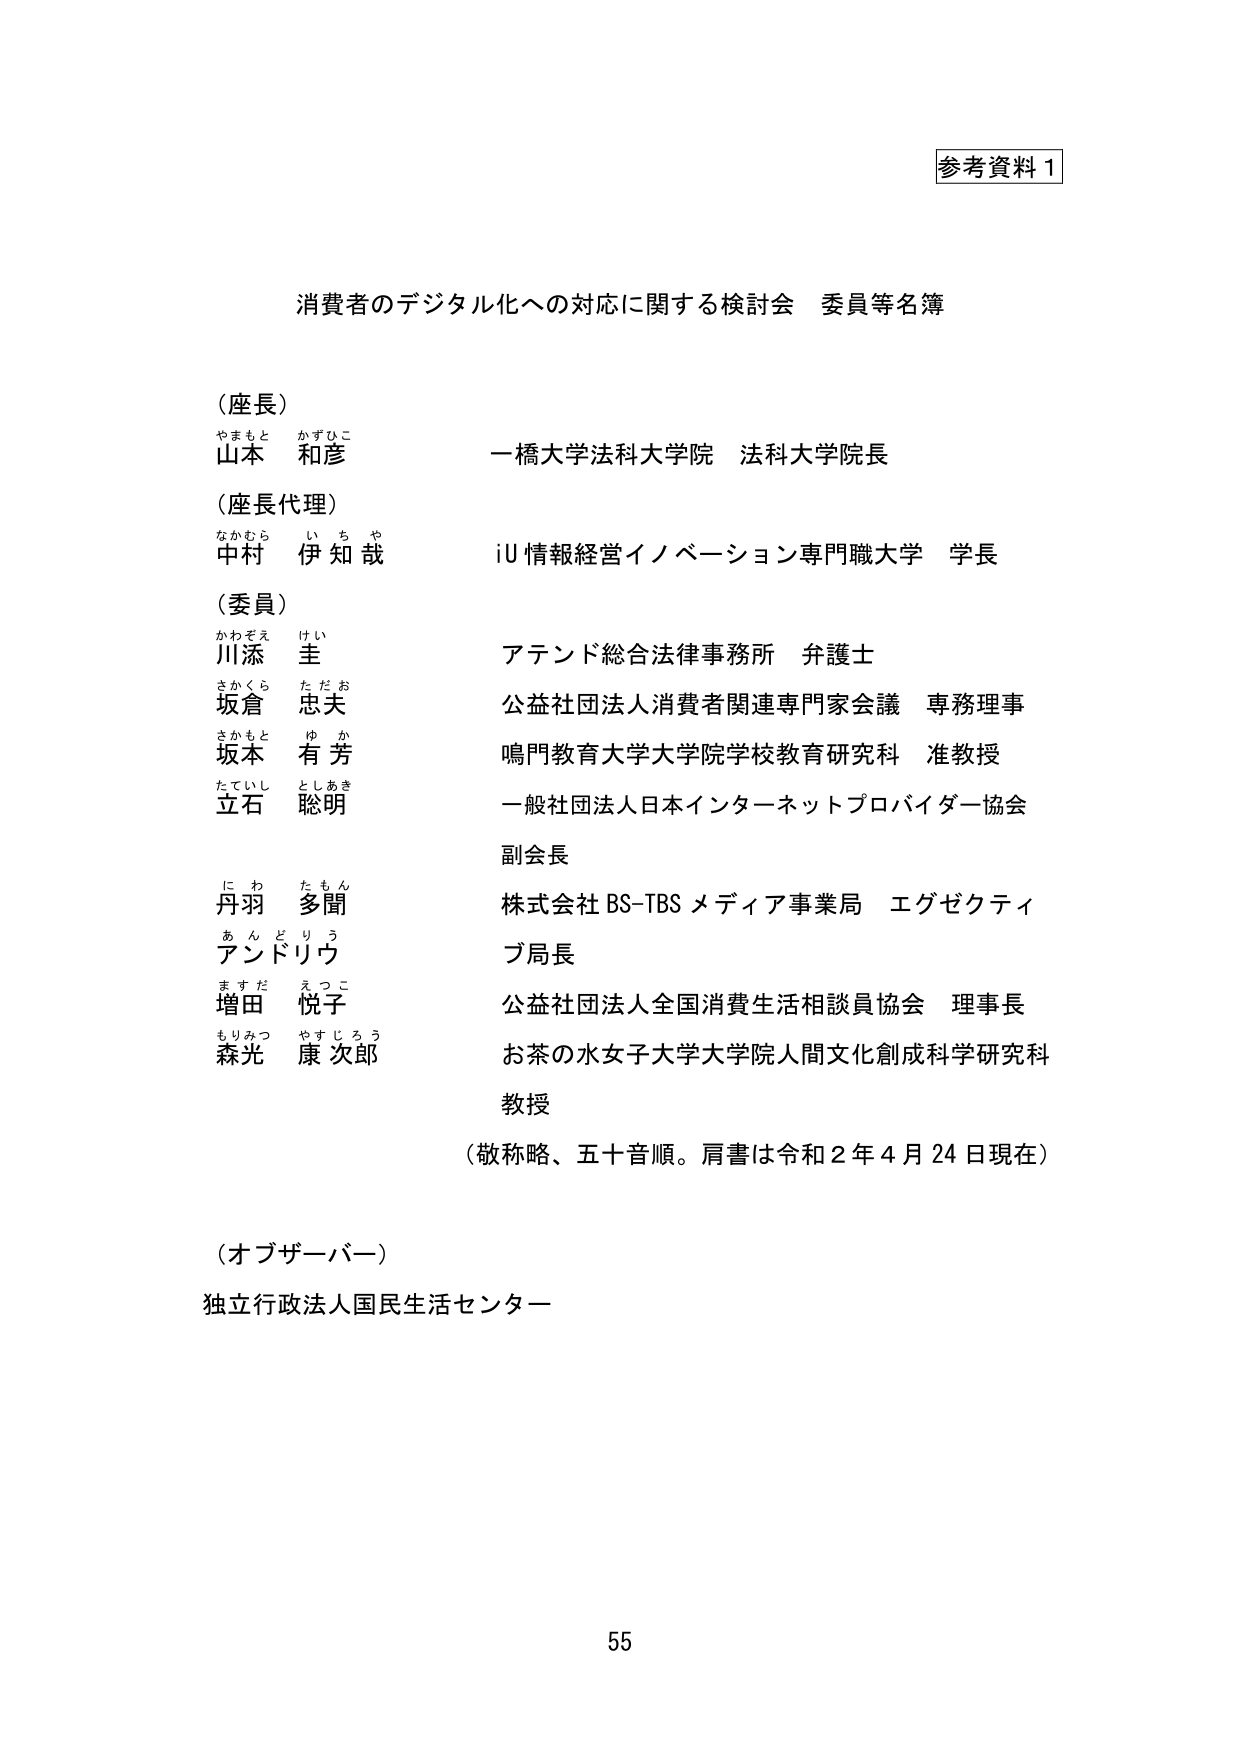
参考資料１

消費者のデジタル化への対応に関する検討会 委員等名簿

（座長）
やまもと かずひこ
山本 和彦 一橋大学法科大学院 法科大学院長

（座長代理）
なかむら いちや
中村 伊知哉 iU情報経営イノベーション専門職大学 学長

（委員）
かわぞえ けい
川添 圭 アテンド総合法律事務所 弁護士
さかくら ただお
坂倉 忠夫 公益社団法人消費者関連専門家会議 専務理事
さかもと ゆか
坂本 有芳 鳴門教育大学大学院学校教育研究科 准教授
たていし としあき
立石 聡明 一般社団法人日本インターネットプロバイダー協会 副会長
にわ たもん
丹羽 多聞 株式会社BS-TBSメディア事業局 エグゼクティブ局長
あんどりう
アンドリウ
ますだ えつこ
増田 悦子 公益社団法人全国消費生活相談員協会 理事長
もりみつ やすじろう
森光 康次郎 お茶の水女子大学大学院人間文化創成科学研究科 教授

（敬称略、五十音順。肩書は令和２年４月24日現在）

（オブザーバー）
独立行政法人国民生活センター

55